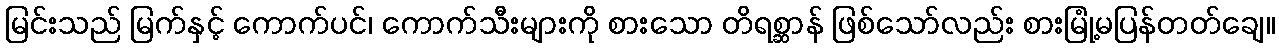
မြင်းသည် မြက်နှင့် ကောက်ပင်၊ ကောက်သီးများကို စားသော တိရစ္ဆာန် ဖြစ်သော်လည်း စားမြုံ့မပြန်တတ်ချေ။